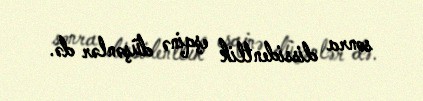
sonra dissidentlik eşqinə düşənlər də.